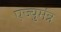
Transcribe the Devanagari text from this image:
एज्युमंत्र